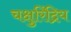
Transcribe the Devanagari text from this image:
चक्षुरिंद्रिय